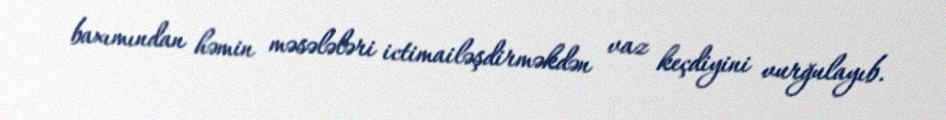
baxımından həmin məsələləri ictimailəşdirməkdən vaz keçdiyini vurğulayıb.